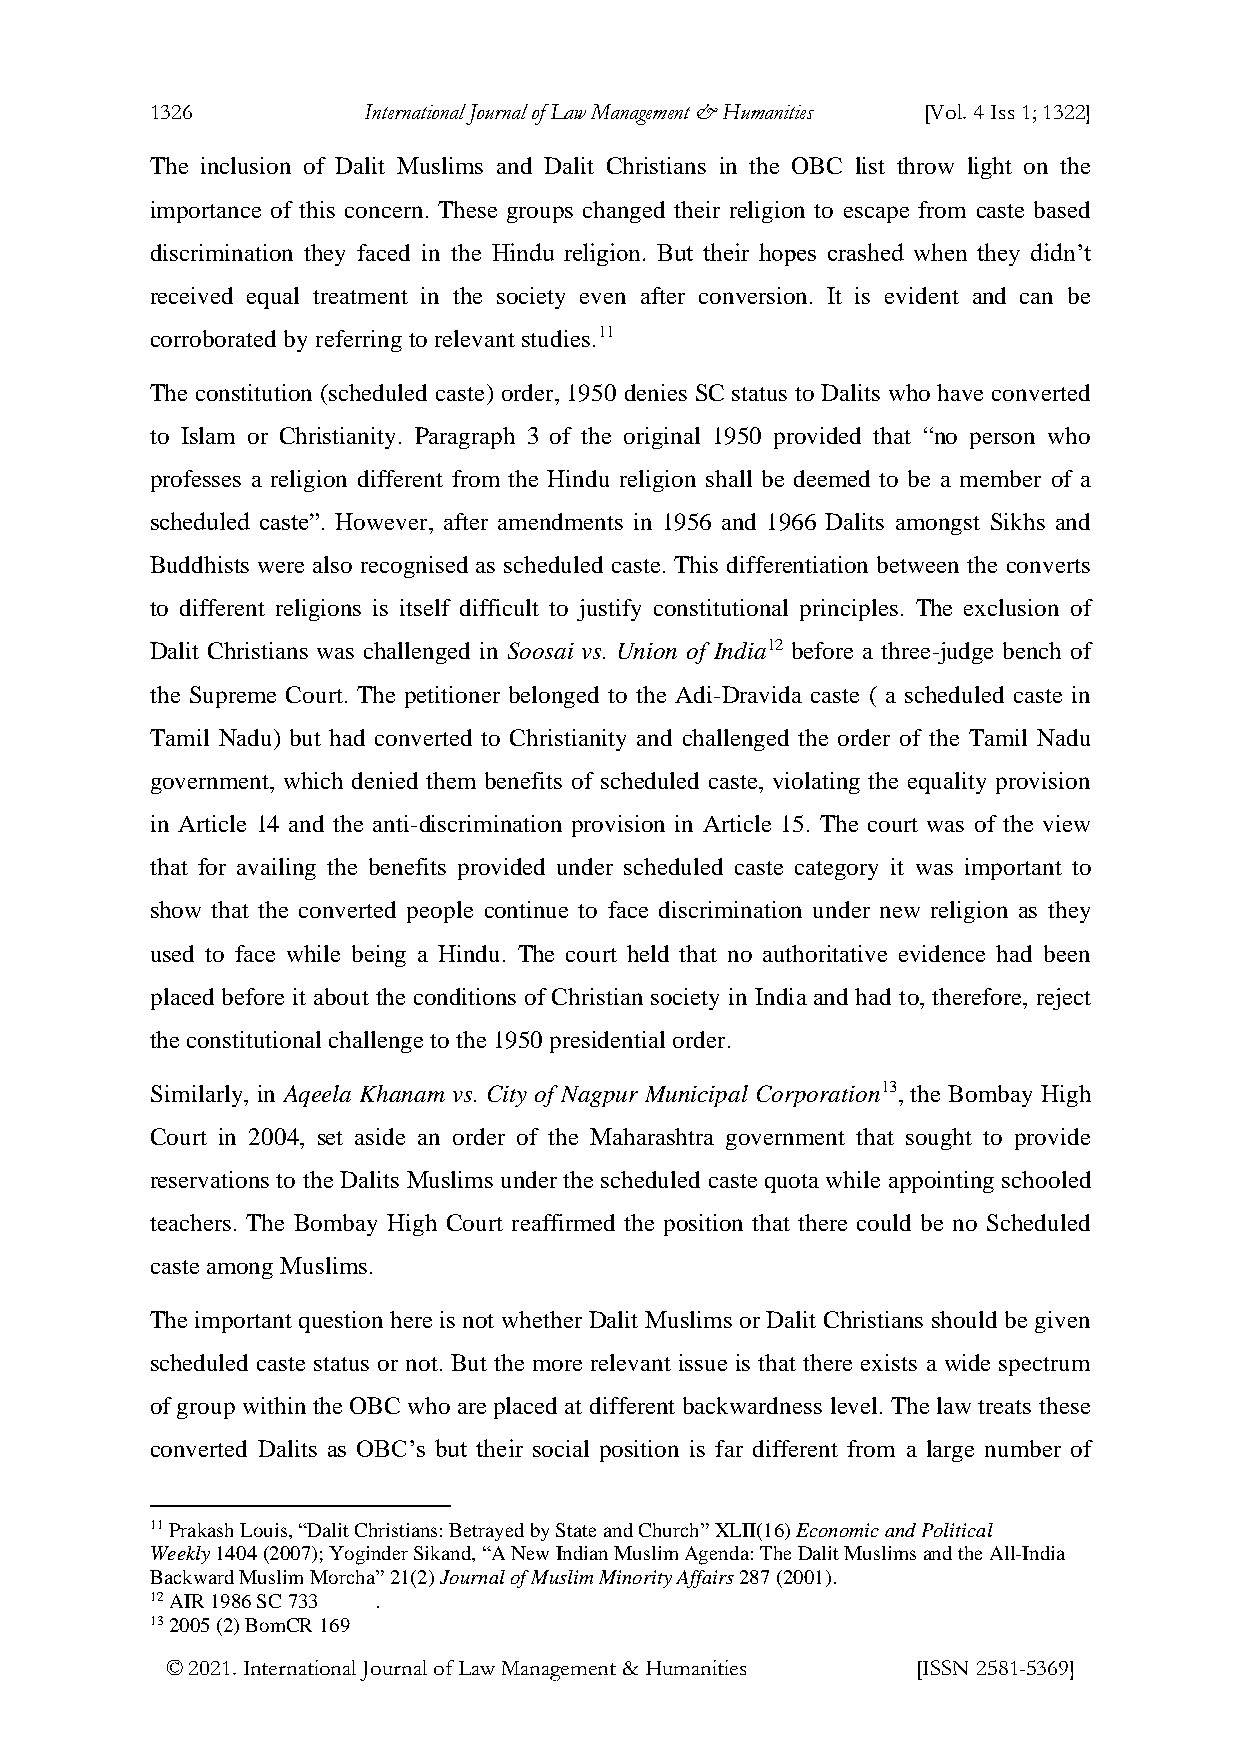
1326          International Journal of Law Management & Humanities [Vol. 4 Iss 1; 1322]
 The inclusion of Dalit Muslims and Dalit Christians in the OBC list throw light on the
 importance of this concern. These groups changed their religion to escape from caste based
 discrimination they faced in the Hindu religion. But their hopes crashed when they didn’t
 received equal treatment in the society even after conversion. It is evident and can be
 corroborated by referring to relevant studies.11
 The constitution (scheduled caste) order, 1950 denies SC status to Dalits who have converted
 to Islam or Christianity. Paragraph 3 of the original 1950 provided that “no person who
 professes a religion different from the Hindu religion shall be deemed to be a member of a
 scheduled caste”. However, after amendments in 1956 and 1966 Dalits amongst Sikhs and
 Buddhists were also recognised as scheduled caste. This differentiation between the converts
 to different religions is itself difficult to justify constitutional principles. The exclusion of
 Dalit Christians was challenged in Soosai vs. Union of India12 before a three-judge bench of
 the Supreme Court. The petitioner belonged to the Adi-Dravida caste ( a scheduled caste in
 Tamil Nadu) but had converted to Christianity and challenged the order of the Tamil Nadu
 government, which denied them benefits of scheduled caste, violating the equality provision
 in Article 14 and the anti-discrimination provision in Article 15. The court was of the view
 that for availing the benefits provided under scheduled caste category it was important to
 show that the converted people continue to face discrimination under new religion as they
 used to face while being a Hindu. The court held that no authoritative evidence had been
 placed before it about the conditions of Christian society in India and had to, therefore, reject
 the constitutional challenge to the 1950 presidential order.
 Similarly, in Aqeela Khanam vs. City of Nagpur Municipal Corporation13, the Bombay High
 Court in 2004, set aside an order of the Maharashtra government that sought to provide
 reservations to the Dalits Muslims under the scheduled caste quota while appointing schooled
 teachers. The Bombay High Court reaffirmed the position that there could be no Scheduled
 caste among Muslims.
 The important question here is not whether Dalit Muslims or Dalit Christians should be given
 scheduled caste status or not. But the more relevant issue is that there exists a wide spectrum
 of group within the OBC who are placed at different backwardness level. The law treats these
 converted Dalits as OBC’s but their social position is far different from a large number of
 11 Prakash Louis, “Dalit Christians: Betrayed by State and Church” XLII(16) Economic and Political
 Weekly 1404 (2007); Yoginder Sikand, “A New Indian Muslim Agenda: The Dalit Muslims and the All-India
 Backward Muslim Morcha” 21(2) Journal of Muslim Minority Affairs 287 (2001).
 12 AIR 1986 SC 733 .
 13 2005 (2) BomCR 169
 © 2021. International Journal of Law Management & Humanities [ISSN 2581-5369]